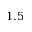
1 . 5